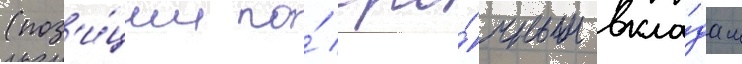
(поз'и́ции по́ сро́чным вкла́дам